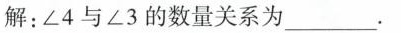
解：∠4与∠3的数量关系为______。